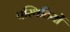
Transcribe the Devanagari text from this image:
पस्थितियों